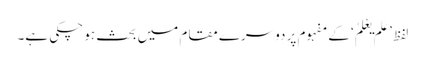
لفظ ’عَلِمَ یَعْلَمُ‘ کے مفہوم پر دوسرے مقام میں بحث ہو چکی ہے۔